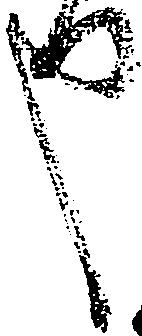
也